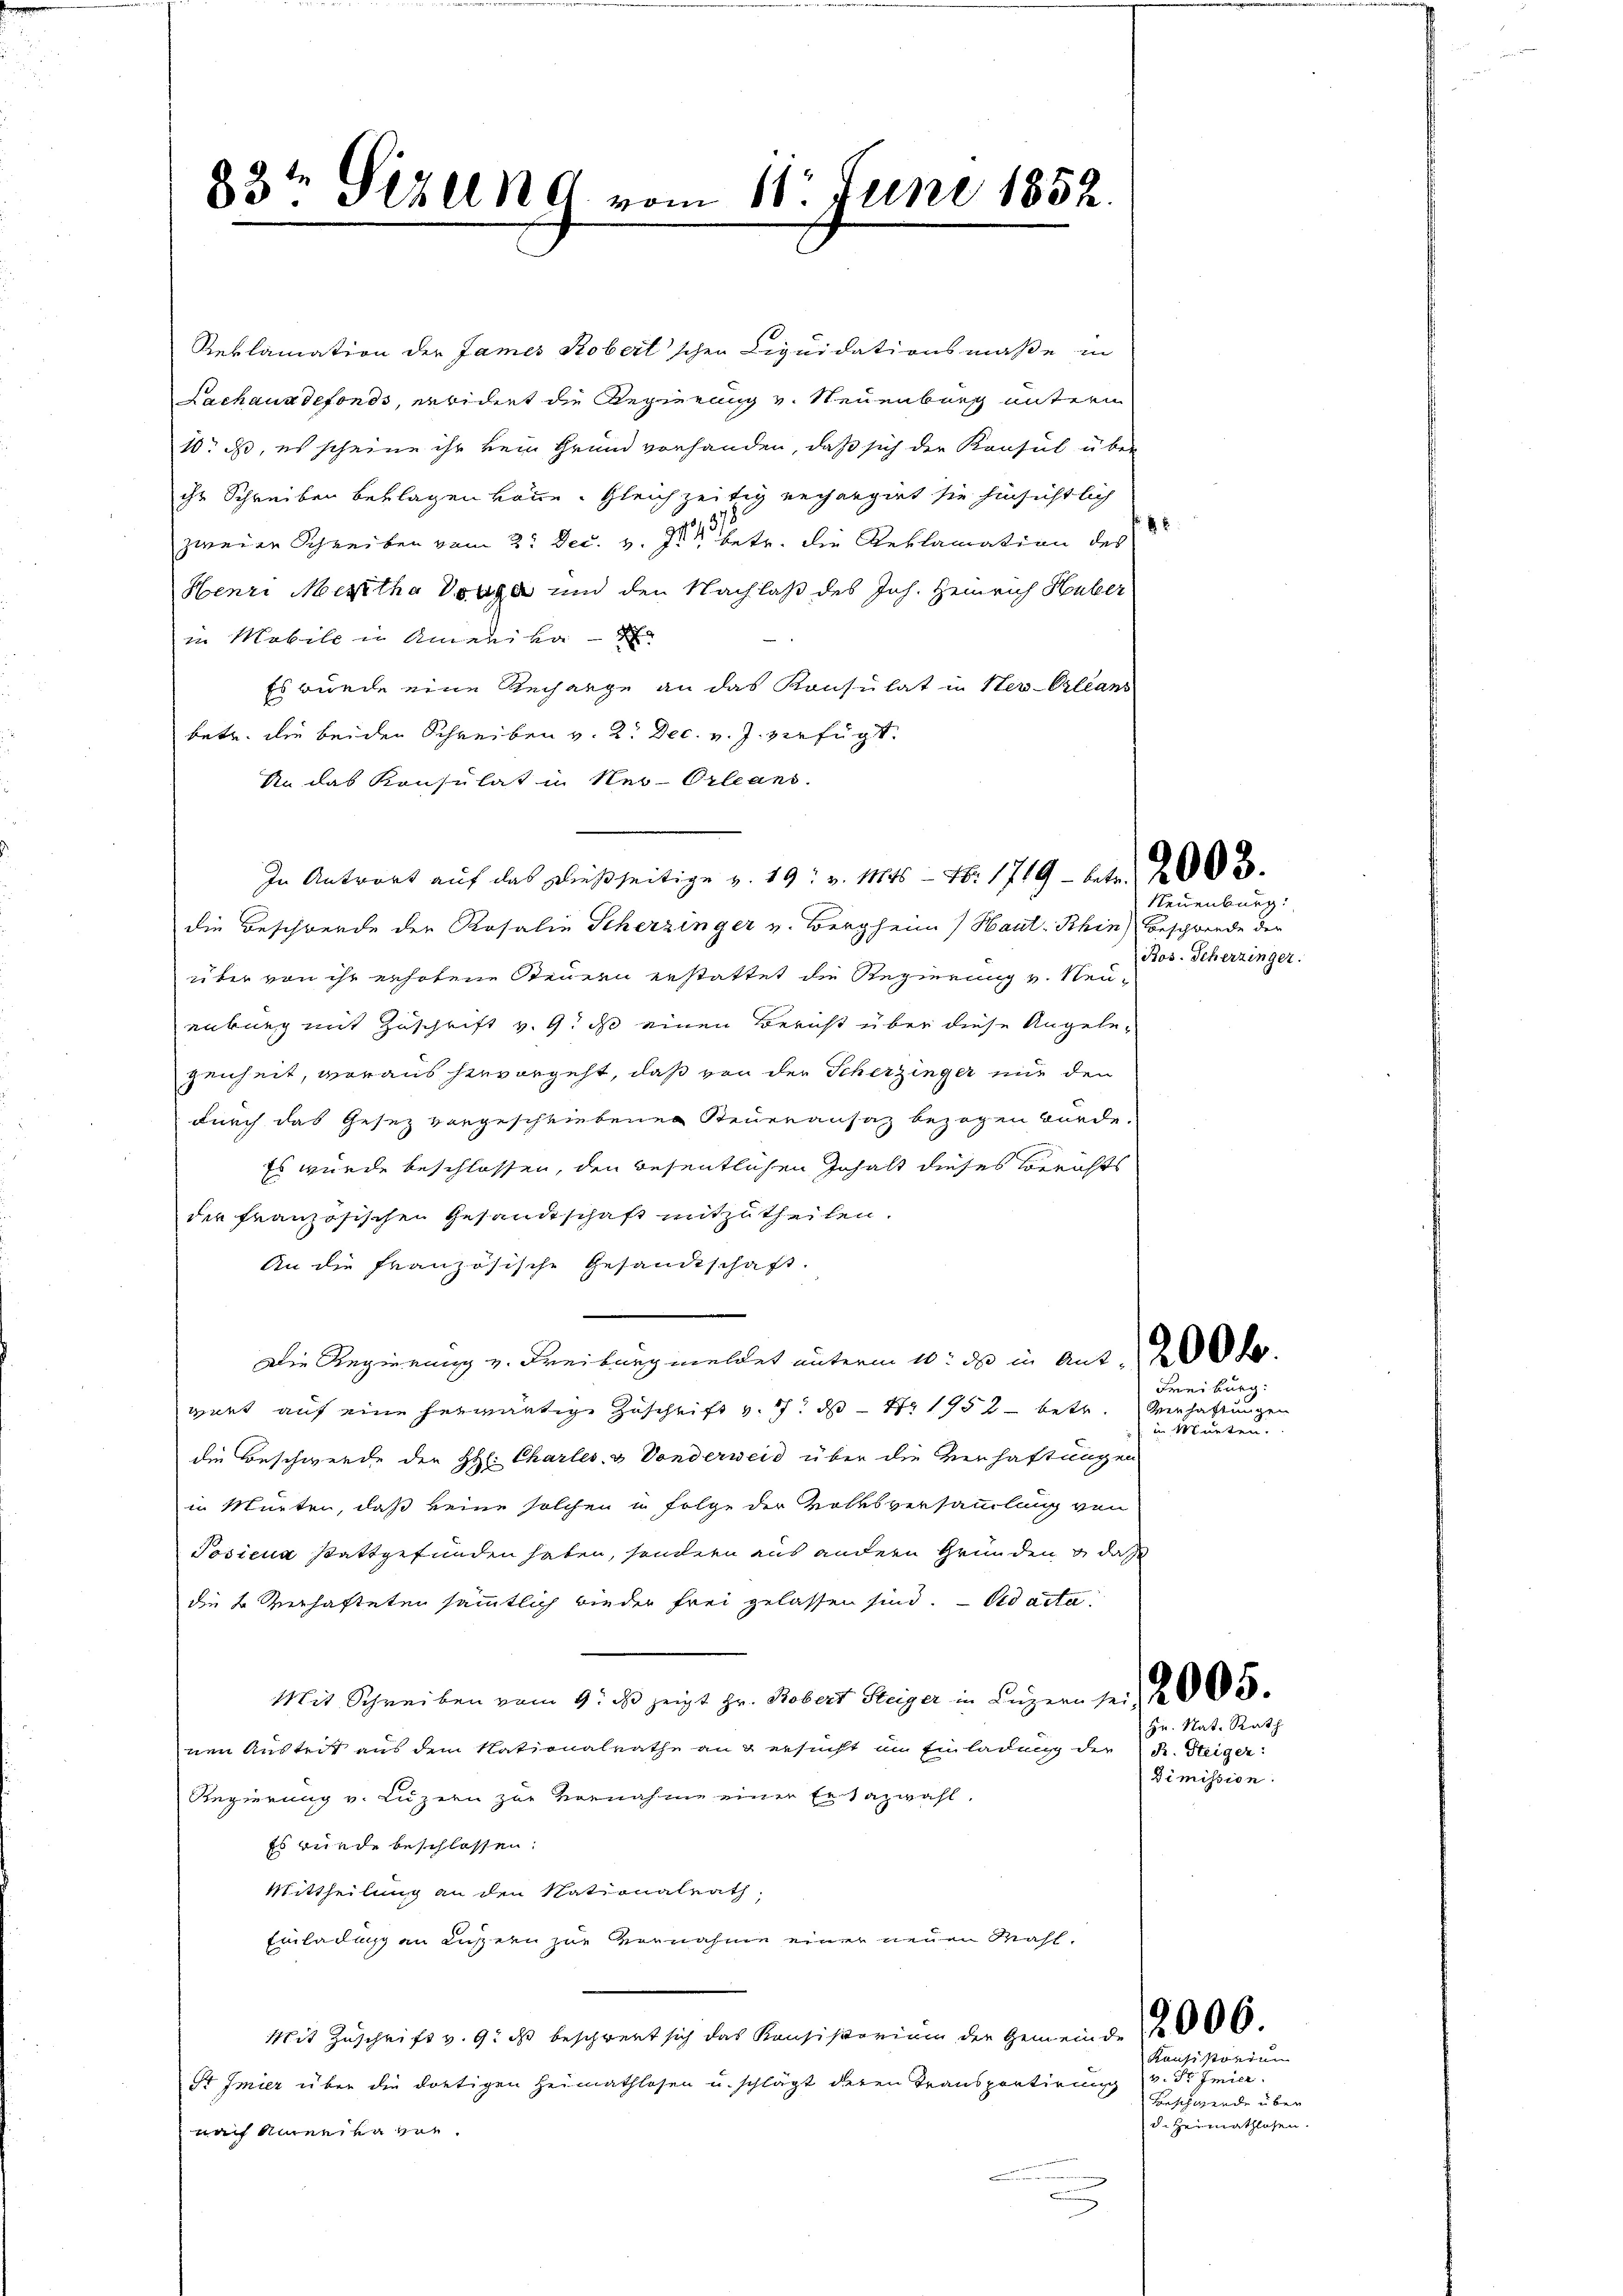
83t Pizen 9 vom 18. Juni 1852.

Reklamation der James Kobertschen Liquidationsmaße in
Lachaus defonds, erwidert die Regierung v. Neuenburg untern
10. ds, es scheine ihr kein Grund vorhanden, daß sich der Konsul über
ihr Schreiben beklagen könne. Gleichzeitig rechargirt sie hinsichtlich
zweier Schreiben vom 2. Dec. v. J. betr. die Reklamation des
Henri Meritha Vorge und den Nachlaß des Joh. Heinrich Huber
in Mobile in Amerika
Es wurde eine Rechange an das Konsulat in Her-Orleans
betr. die beiden Schreiben v. 2. Dec. v. J. verfügt.
An das Konsulat in Neu-Orleans
die Beschwerde der Rosalie Scherzinger v. Bergheim) Haut- Khin) Beschwende der
über von ihr erhobene Steuern erstattet die Regierung v. Neuenburg mit Zuschrift v. 9. ds einen Bericht über diese Angelegenheit, woraus hervorgeht, daß von der Scherzinger mir den
durch das Gesez vorgeschriebenen Steueransaz bezogen würde.
Es wurde beschlossen, den wesentlichen Inhalt dieses Berichts
der französischen Gesandtschaft mitzutheilen.
An die Französische Gesandtschaft.
Die Regierung v. Freiburg meldet unterm 10. des in Aus de
guet auf eine herwärtige Zuschrift v. 7. d. 1752 betr.
die Beschwerde der HHl. Charles- & Vonderweid über die Verhaftungen
in Mürten, daß keine solchen in Folge der Volksversammlung von
Posieur stattgefunden haben, sondern aus andern Gründen & dass
die u. Verhafteten sämmtlich wieder frei gelassen sind. Ad acta.
Mit Schreiben vom 9. ds. zeigt Hr. Robert Reiger in Luzern sei e
nen Austrit aus dem Nationalrathe an & ersucht im Einladung der R. Steiger
Regierung v. Luzern zur Vornahme einer Ersazwahl.
Es wurde beschlossen.
Mittheilung an den Nationalrath,
Einladung an Luzern zur Vernahme einer neuen Mahl¬
Mit Zuschrift v. 9. ds beschwert sich das Konsistorium der Gemeinde 2000.
St Imier über die dortigen Heimathlosen u. schlägt deren Transportirung v. dr Feier
nach Amerika vor
n

In Antwort auf das dießseitige v. 19. v. Mts. — No. 1719 - betr. 202.

Neuenburg:
Bos. Scherzinger.

Freiburg.

Verhaftungen
in Murten.

Hr. Nat. Rath
Dimission.

Kansistorium
Forschwerde über
di Heimathlosen.